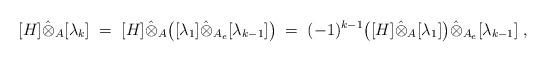
LaTeX: \begin{align*} [H]\hat\otimes_{A} [\lambda_k] &\;= \;[H]\hat\otimes_A \big( [\lambda_1]\hat\otimes_{A_e} [\lambda_{k-1}] \big) \; =\; (-1)^{k-1} \big( [H]\hat\otimes_{A} [\lambda_1] \big) \hat\otimes_{A_e} [\lambda_{k-1}]\;,\end{align*}